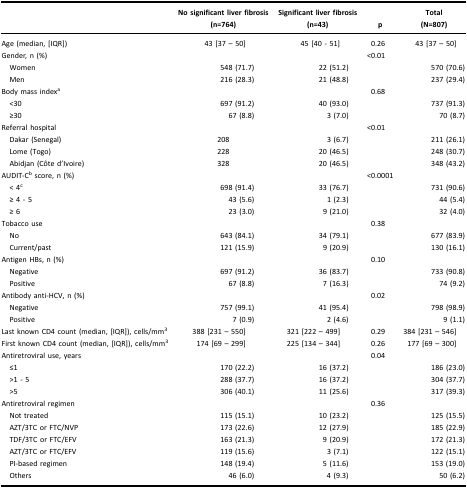
<table><thead><tr><td><b> </b></td><td><b>No significant liver fibrosis(n=764)</b></td><td><b>Significant liver fibrosis(n=43)</b></td><td><b>p</b></td><td><b>Total(N=807)</b></td></tr></thead><tbody><tr><td>Age (median, [IQR])</td><td>43 [37 – 50]</td><td>45 [40 - 51]</td><td>0.26</td><td>43 [37 – 50]</td></tr><tr><td>Gender, n (%)</td><td> </td><td> </td><td>&lt;0.01</td><td> </td></tr><tr><td> Women</td><td>548 (71.7)</td><td>22 (51.2)</td><td> </td><td>570 (70.6)</td></tr><tr><td> Men</td><td>216 (28.3)</td><td>21 (48.8)</td><td> </td><td>237 (29.4)</td></tr><tr><td>Body mass index<sup>a</sup></td><td> </td><td> </td><td>0.68</td><td> </td></tr><tr><td> &lt;30</td><td>697 (91.2)</td><td>40 (93.0)</td><td> </td><td>737 (91.3)</td></tr><tr><td> ≥30</td><td>67 (8.8)</td><td>3 (7.0)</td><td> </td><td>70 (8.7)</td></tr><tr><td>Referral hospital</td><td> </td><td> </td><td>&lt;0.01</td><td> </td></tr><tr><td> Dakar (Senegal)</td><td>208</td><td>3 (6.7)</td><td> </td><td>211 (26.1)</td></tr><tr><td> Lome (Togo)</td><td>228</td><td>20 (46.5)</td><td> </td><td>248 (30.7)</td></tr><tr><td> Abidjan (Côte d’Ivoire)</td><td>328</td><td>20 (46.5)</td><td> </td><td>348 (43.2)</td></tr><tr><td>AUDIT-C<sup>b</sup> score, n (%)</td><td> </td><td> </td><td>&lt;0.0001</td><td> </td></tr><tr><td> &lt; 4<sup>c</sup></td><td>698 (91.4)</td><td>33 (76.7)</td><td> </td><td>731 (90.6)</td></tr><tr><td> ≥ 4 - 5</td><td>43 (5.6)</td><td>1 (2.3)</td><td> </td><td>44 (5.4)</td></tr><tr><td> ≥ 6</td><td>23 (3.0)</td><td>9 (21.0)</td><td> </td><td>32 (4.0)</td></tr><tr><td>Tobacco use</td><td> </td><td> </td><td>0.38</td><td> </td></tr><tr><td> No</td><td>643 (84.1)</td><td>34 (79.1)</td><td> </td><td>677 (83.9)</td></tr><tr><td> Current/past</td><td>121 (15.9)</td><td>9 (20.9)</td><td> </td><td>130 (16.1)</td></tr><tr><td>Antigen HBs, n (%)</td><td> </td><td> </td><td>0.10</td><td> </td></tr><tr><td> Negative</td><td>697 (91.2)</td><td>36 (83.7)</td><td> </td><td>733 (90.8)</td></tr><tr><td> Positive</td><td>67 (8.8)</td><td>7 (16.3)</td><td> </td><td>74 (9.2)</td></tr><tr><td>Antibody anti-HCV, n (%)</td><td> </td><td> </td><td>0.02</td><td> </td></tr><tr><td> Negative</td><td>757 (99.1)</td><td>41 (95.4)</td><td> </td><td>798 (98.9)</td></tr><tr><td> Positive</td><td>7 (0.9)</td><td>2 (4.6)</td><td> </td><td>9 (1.1)</td></tr><tr><td>Last known CD4 count (median, [IQR]), cells/mm<sup>3</sup></td><td>388 [231 – 550]</td><td>321 [222 – 499]</td><td>0.29</td><td>384 [231 – 546]</td></tr><tr><td>First known CD4 count (median, [IQR]), cells/mm<sup>3</sup></td><td>174 [69 – 299]</td><td>225 [134 – 344]</td><td>0.26</td><td>177 [69 – 300]</td></tr><tr><td>Antiretroviral use, years</td><td> </td><td> </td><td>0.04</td><td> </td></tr><tr><td> ≤1</td><td>170 (22.2)</td><td>16 (37.2)</td><td> </td><td>186 (23.0)</td></tr><tr><td> &gt;1 - 5</td><td>288 (37.7)</td><td>16 (37.2)</td><td> </td><td>304 (37.7)</td></tr><tr><td> &gt;5</td><td>306 (40.1)</td><td>11 (25.6)</td><td> </td><td>317 (39.3)</td></tr><tr><td>Antiretroviral regimen</td><td> </td><td> </td><td>0.36</td><td> </td></tr><tr><td> Not treated</td><td>115 (15.1)</td><td>10 (23.2)</td><td> </td><td>125 (15.5)</td></tr><tr><td> AZT/3TC or FTC/NVP</td><td>173 (22.6)</td><td>12 (27.9)</td><td> </td><td>185 (22.9)</td></tr><tr><td> TDF/3TC or FTC/EFV</td><td>163 (21.3)</td><td>9 (20.9)</td><td> </td><td>172 (21.3)</td></tr><tr><td> AZT/3TC or FTC/EFV</td><td>119 (15.6)</td><td>3 (7.1)</td><td> </td><td>122 (15.1)</td></tr><tr><td> PI-based regimen</td><td>148 (19.4)</td><td>5 (11.6)</td><td> </td><td>153 (19.0)</td></tr><tr><td> Others</td><td>46 (6.0)</td><td>4 (9.3)</td><td> </td><td>50 (6.2)</td></tr></tbody></table>